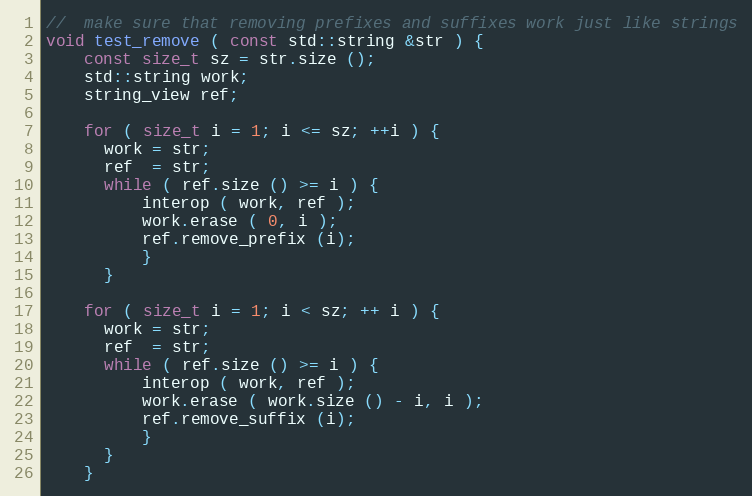
Language: C++
//  make sure that removing prefixes and suffixes work just like strings
void test_remove ( const std::string &str ) {
    const size_t sz = str.size ();
    std::string work;
    string_view ref;

    for ( size_t i = 1; i <= sz; ++i ) {
      work = str;
      ref  = str;
      while ( ref.size () >= i ) {
          interop ( work, ref );
          work.erase ( 0, i );
          ref.remove_prefix (i);
          }
      }

    for ( size_t i = 1; i < sz; ++ i ) {
      work = str;
      ref  = str;
      while ( ref.size () >= i ) {
          interop ( work, ref );
          work.erase ( work.size () - i, i );
          ref.remove_suffix (i);
          }
      }
    }